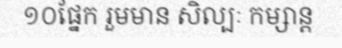
១០ផ្នែក រួមមាន សិល្បៈ កម្សាន្ត